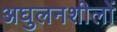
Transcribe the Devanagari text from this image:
अघुलनशीलों